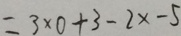
= 3 \times 0 + 3 - 2 x - 5